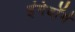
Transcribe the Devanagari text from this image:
इंगेबॉर्ग